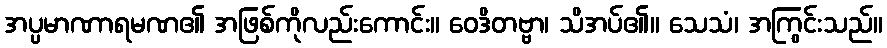
အပ္ပမာဏာရမဏ၏ အဖြစ်ကိုလည်းကောင်း။ ဝေဒိတဗ္ဗာ၊ သိအပ်၏။ သေသံ၊ အကြွင်းသည်။